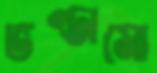
ভণ্ডামো